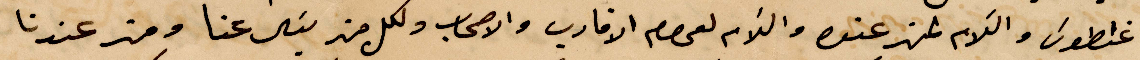
غنطوس والسلام لمنم عنده والسلام لعموم الأقارب والاصحاب ولكل من يقال عنا ومن عندنا